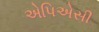
એપિએસી